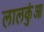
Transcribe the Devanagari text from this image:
लालकुंआ